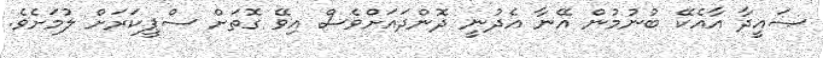
ޞައީދާ އާއެކޭ ބުނުމުން އޭނާ އެދުނީ ދޮންދައަށްވެސް އިވޭ ގޮތަށް ސްޕީކަރަށް ލުމަށެވެ.